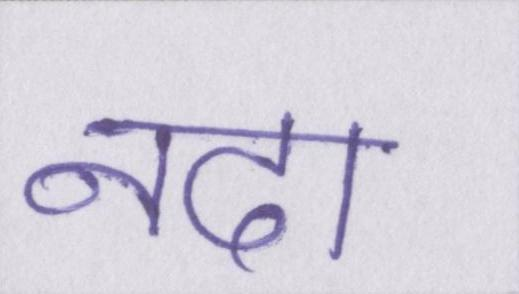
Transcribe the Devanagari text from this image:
नदा